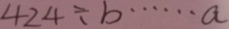
4 2 4 \div b \cdots a